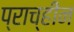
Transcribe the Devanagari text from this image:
प्राच्हीन